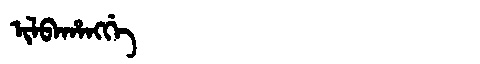
Manchu: ᡳᠯᠪᠠᡥᠠᠩᡤᡝ
Romanization: ILBAHANGGE